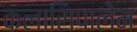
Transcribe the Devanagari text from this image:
कलासिपालेम